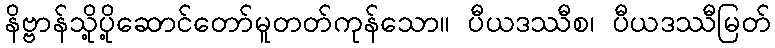
နိဗ္ဗာန်သို့ပို့ဆောင်တော်မူတတ်ကုန်သော။ ပီယဒဿီစ၊ ပီယဒဿီမြတ်